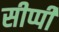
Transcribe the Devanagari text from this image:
सीप्पी